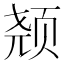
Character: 𱂣